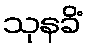
သုနခိံ